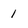
Character: 1